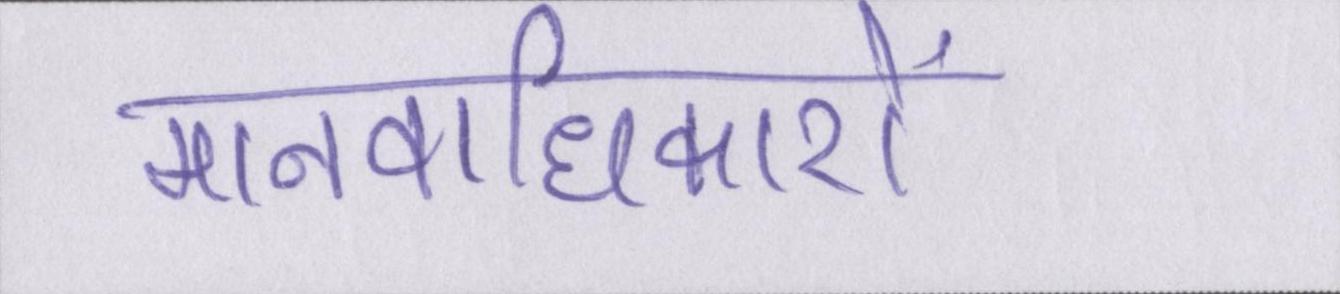
मानवाधिकारों